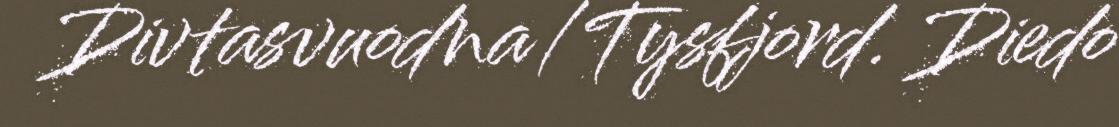
Divtasvuodna/Tysfjord. Diedo